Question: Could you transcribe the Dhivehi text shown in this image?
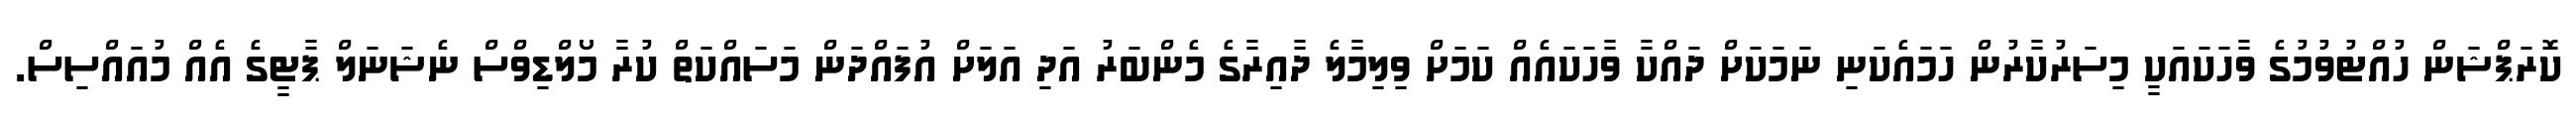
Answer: ކޮރަޕްޝަން ހުއްޓުވުމުގެ ވާހަކައަކީ މިސަރުކާރުން ހަމައެކަނި ނަމަކަށް ދައްކާ ވާހަކައެއް ކަމަށް ވިލިމާލެ ދާއިރާގެ މެންބަރު އަދި އަލަށް އުފައްދަން މަސައްކަތް ކުރާ މޯލްޑިވްސް ނެޝަނަލް ޕާޓީގެ އެއް މުއައްސިސް.